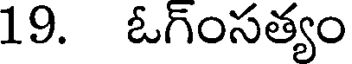
19. ఓగ్ంసత్యం